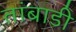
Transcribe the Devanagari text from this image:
तांबाडी